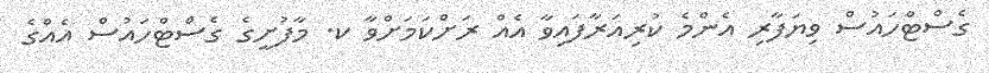
ގެސްޓްހައުސް ވިޔަފާރި އެންމެ ކުރިއަރާފައިވާ އެއް ރަށްކަމަށްވާ ކ. މާފުށީގެ ގެސްޓްހައުސް އެއްގެ